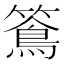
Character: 𥵌